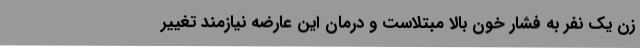
زن یک نفر به فشار خون بالا مبتلاست و درمان این عارضه نیازمند تغییر